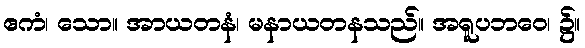
ဧကံ၊ သော။ အာယတနံ၊ မနာယတနသည်။ အရူပဘဝေ၊ ၌။